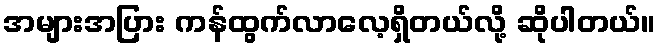
အများအပြား ကန်ထွက်လာလေ့ရှိတယ်လို့ ဆိုပါတယ်။